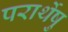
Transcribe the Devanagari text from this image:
परार्थेषु